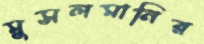
মুসলমানির